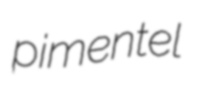
pimentel